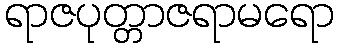
ရာဇပုတ္တာဇရာမရော